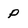
Character: P